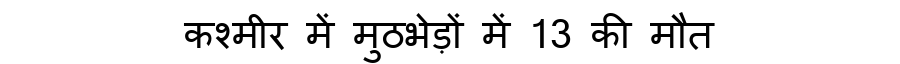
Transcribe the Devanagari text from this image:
कश्मीर में मुठभेड़ों में 13 की मौत